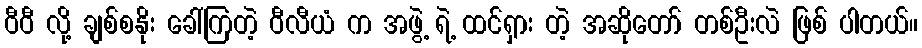
ဝီဝီ လို့ ချစ်စနိုး ခေါ်ကြတဲ့ ဝီလီယံ က အဖွဲ့ ရဲ့ ထင်ရှား တဲ့ အဆိုတော် တစ်ဦးလဲ ဖြစ် ပါတယ်။